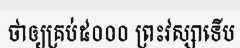
ថាឲ្យគ្រប់៥០០០ ព្រះវស្សាទើប